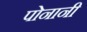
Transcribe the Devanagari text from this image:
पोनानी